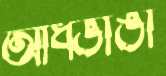
আধভাঙা